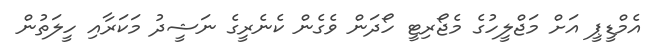
އެމްޑީޕީ އަށް މަޖްލީހުގެ މެޖޯރިޓީ ހޯދަން ވެގެން ކެނެރީގެ ނަޝީދު މަކަރާއި ހީލަތުން